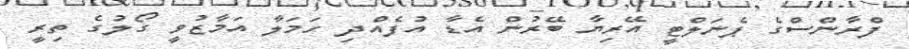
ފްރާންސްގެ ޕެނަލްޓީ އޭރިޔާ ބޭރުން އެޑާ އުފެއްދި ހަމަލާ އަމާޒުވީ ގޯލުގެ ތިރީ